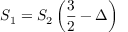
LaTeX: S _ { 1 } = S _ { 2 } \left( \frac { 3 } { 2 } - \Delta \right)